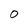
Character: 0